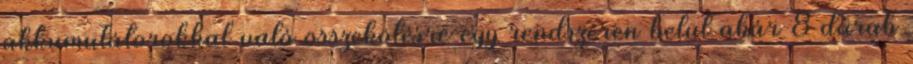
akkumulátorokkal való összekötésre egy rendszeren belül akár 8 darab